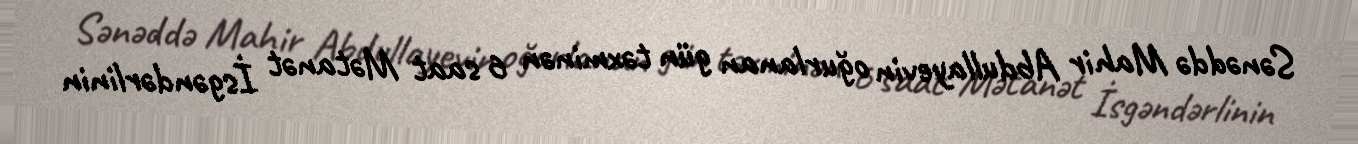
Sənəddə Mahir Abdullayevin oğurlanan gün təxminən 6 saat Mətanət İsgəndərlinin